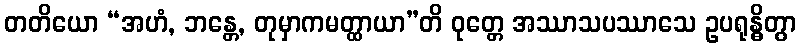
တတိယော “အဟံ, ဘန္တေ, တုမှာကမတ္ထာယာ”တိ ဝုတ္တေ အဿာသပဿာသေ ဥပရုန္ဓိတွာ